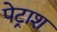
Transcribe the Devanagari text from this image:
पेट्राश